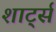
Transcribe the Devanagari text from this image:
शार्ट्स